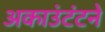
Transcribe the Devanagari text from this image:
अकाउंटंटने